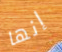
إنها